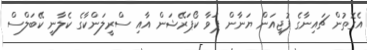
އެގޮތުން ޗައިނާގެ ފުޖިއަން ޔަނާން ޕަވާ ކޯޕަރޭޝަން އާއި ސްރީލަންކާގެ ކެލާނީ ކޭބަލްސް